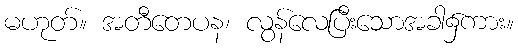
မဟုတ်။ အတီတေပန၊ လွန်လေပြီးသောအခါ၌ကား။